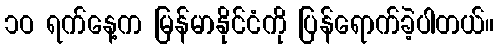
၁ဝ ရက်နေ့က မြန်မာနိုင်ငံကို ပြန်ရောက်ခဲ့ပါတယ်။